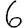
Digit: 6